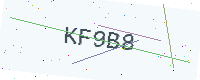
Text: KF9B8